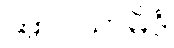
အာဝသာမိဒံ